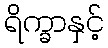
ရိက္ခာနှင့်